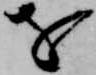
を